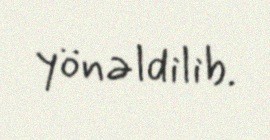
yönəldilib.